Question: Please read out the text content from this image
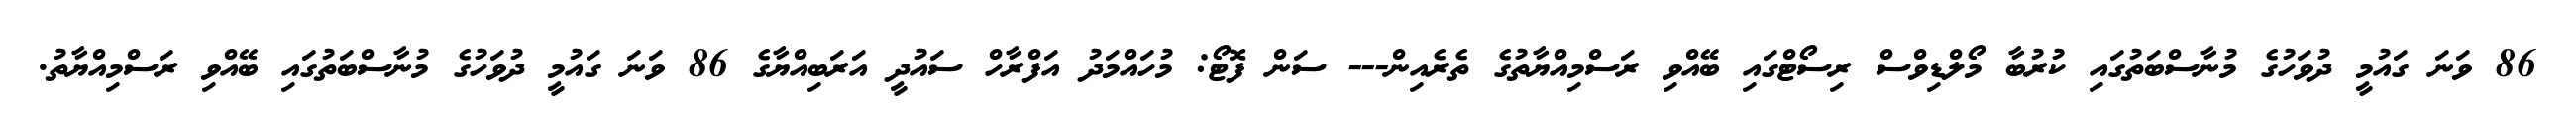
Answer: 86 ވަނަ ގައުމީ ދުވަހުގެ މުނާސްބަތުގައި ކުރުބާ މޯލްޑިވްސް ރިސޯޓްގައި ބޭއްވި ރަސްމިއްޔާތުގެ ތެރެއިން--- ސަން ފޮޓޯ: މުހައްމަދު އަފްރާހް ސައުދީ އަރަބިއްޔާގެ 86 ވަނަ ގައުމީ ދުވަހުގެ މުނާސްބަތުގައި ބޭއްވި ރަސްމިއްޔާތު.